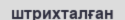
штрихталған